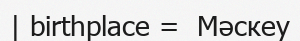
| birthplace =  Мәскеу